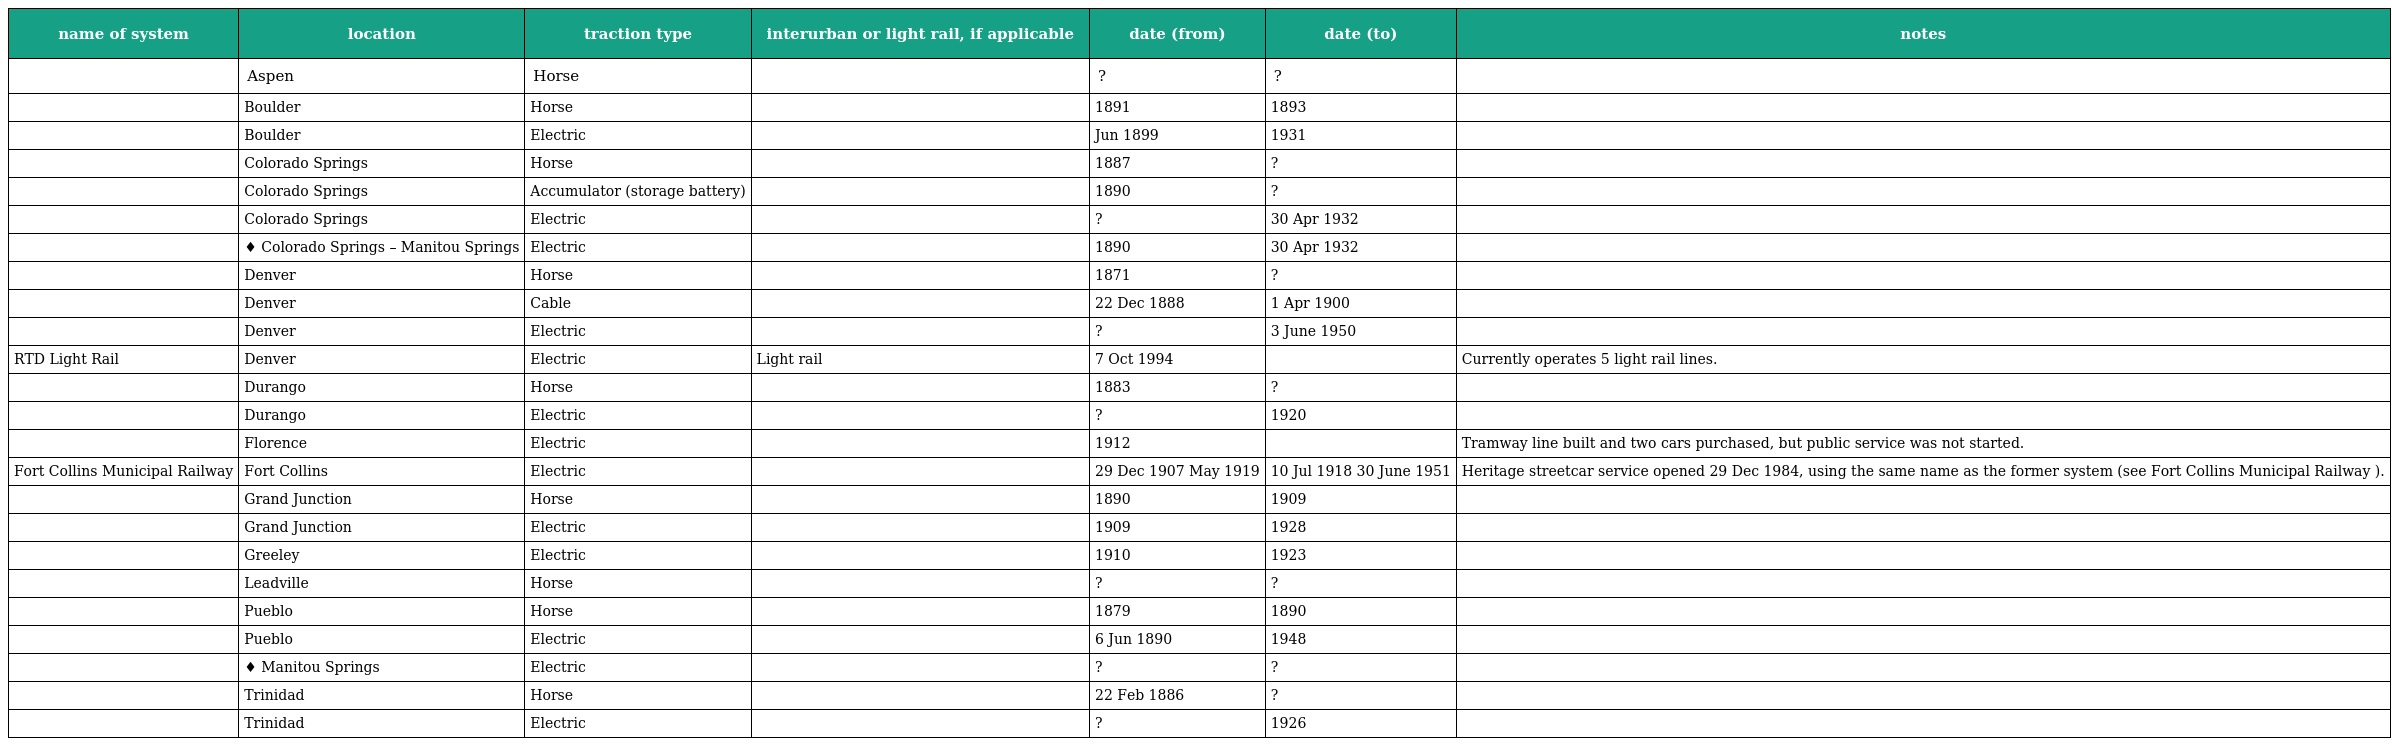
| name of system | location | traction type | interurban or light rail, if applicable | date (from) | date (to) | notes |
 | --- | --- | --- | --- | --- | --- | --- |
 |  | Aspen | Horse |  | ? | ? |  |
 |  | Boulder | Horse |  | 1891 | 1893 |  |
 |  | Boulder | Electric |  | Jun 1899 | 1931 |  |
 |  | Colorado Springs | Horse |  | 1887 | ? |  |
 |  | Colorado Springs | Accumulator (storage battery) |  | 1890 | ? |  |
 |  | Colorado Springs | Electric |  | ? | 30 Apr 1932 |  |
 |  | ♦ Colorado Springs – Manitou Springs | Electric |  | 1890 | 30 Apr 1932 |  |
 |  | Denver | Horse |  | 1871 | ? |  |
 |  | Denver | Cable |  | 22 Dec 1888 | 1 Apr 1900 |  |
 |  | Denver | Electric |  | ? | 3 June 1950 |  |
 | RTD Light Rail | Denver | Electric | Light rail | 7 Oct 1994 |  | Currently operates 5 light rail lines. |
 |  | Durango | Horse |  | 1883 | ? |  |
 |  | Durango | Electric |  | ? | 1920 |  |
 |  | Florence | Electric |  | 1912 |  | Tramway line built and two cars purchased, but public service was not started. |
 | Fort Collins Municipal Railway | Fort Collins | Electric |  | 29 Dec 1907 May 1919 | 10 Jul 1918 30 June 1951 | Heritage streetcar service opened 29 Dec 1984, using the same name as the former system (see Fort Collins Municipal Railway ). |
 |  | Grand Junction | Horse |  | 1890 | 1909 |  |
 |  | Grand Junction | Electric |  | 1909 | 1928 |  |
 |  | Greeley | Electric |  | 1910 | 1923 |  |
 |  | Leadville | Horse |  | ? | ? |  |
 |  | Pueblo | Horse |  | 1879 | 1890 |  |
 |  | Pueblo | Electric |  | 6 Jun 1890 | 1948 |  |
 |  | ♦ Manitou Springs | Electric |  | ? | ? |  |
 |  | Trinidad | Horse |  | 22 Feb 1886 | ? |  |
 |  | Trinidad | Electric |  | ? | 1926 |  |